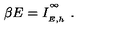
\beta E = I _ { \phantom { } _ { E , h } } ^ { \phantom { } ^ { \infty } } \ .